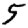
Digit: 5